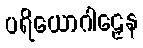
ပရိယောဂါဠှေန